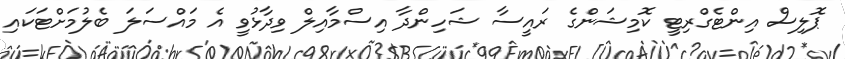
ޕޮލިސް އިންޓެގްރިޓީ ކޮމިޝަންގެ ރައީސާ ޝަހިންދާ އިސްމާއިލް ވިދާޅުވީ އެ މައްސަލަ ބެލުމަށްޓަކައި